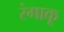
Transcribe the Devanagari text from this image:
रंगाकू